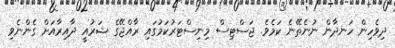
ދިވެހިން ހަނދާން ނުނެތޭނެ ކަމެވެ. ޖަސްޓިސް މިނިސްޓަރުކަމުގައި ރާއްޖޭގެ ޝަރުއީ ދާއިރާއަށް ގެންނެވި